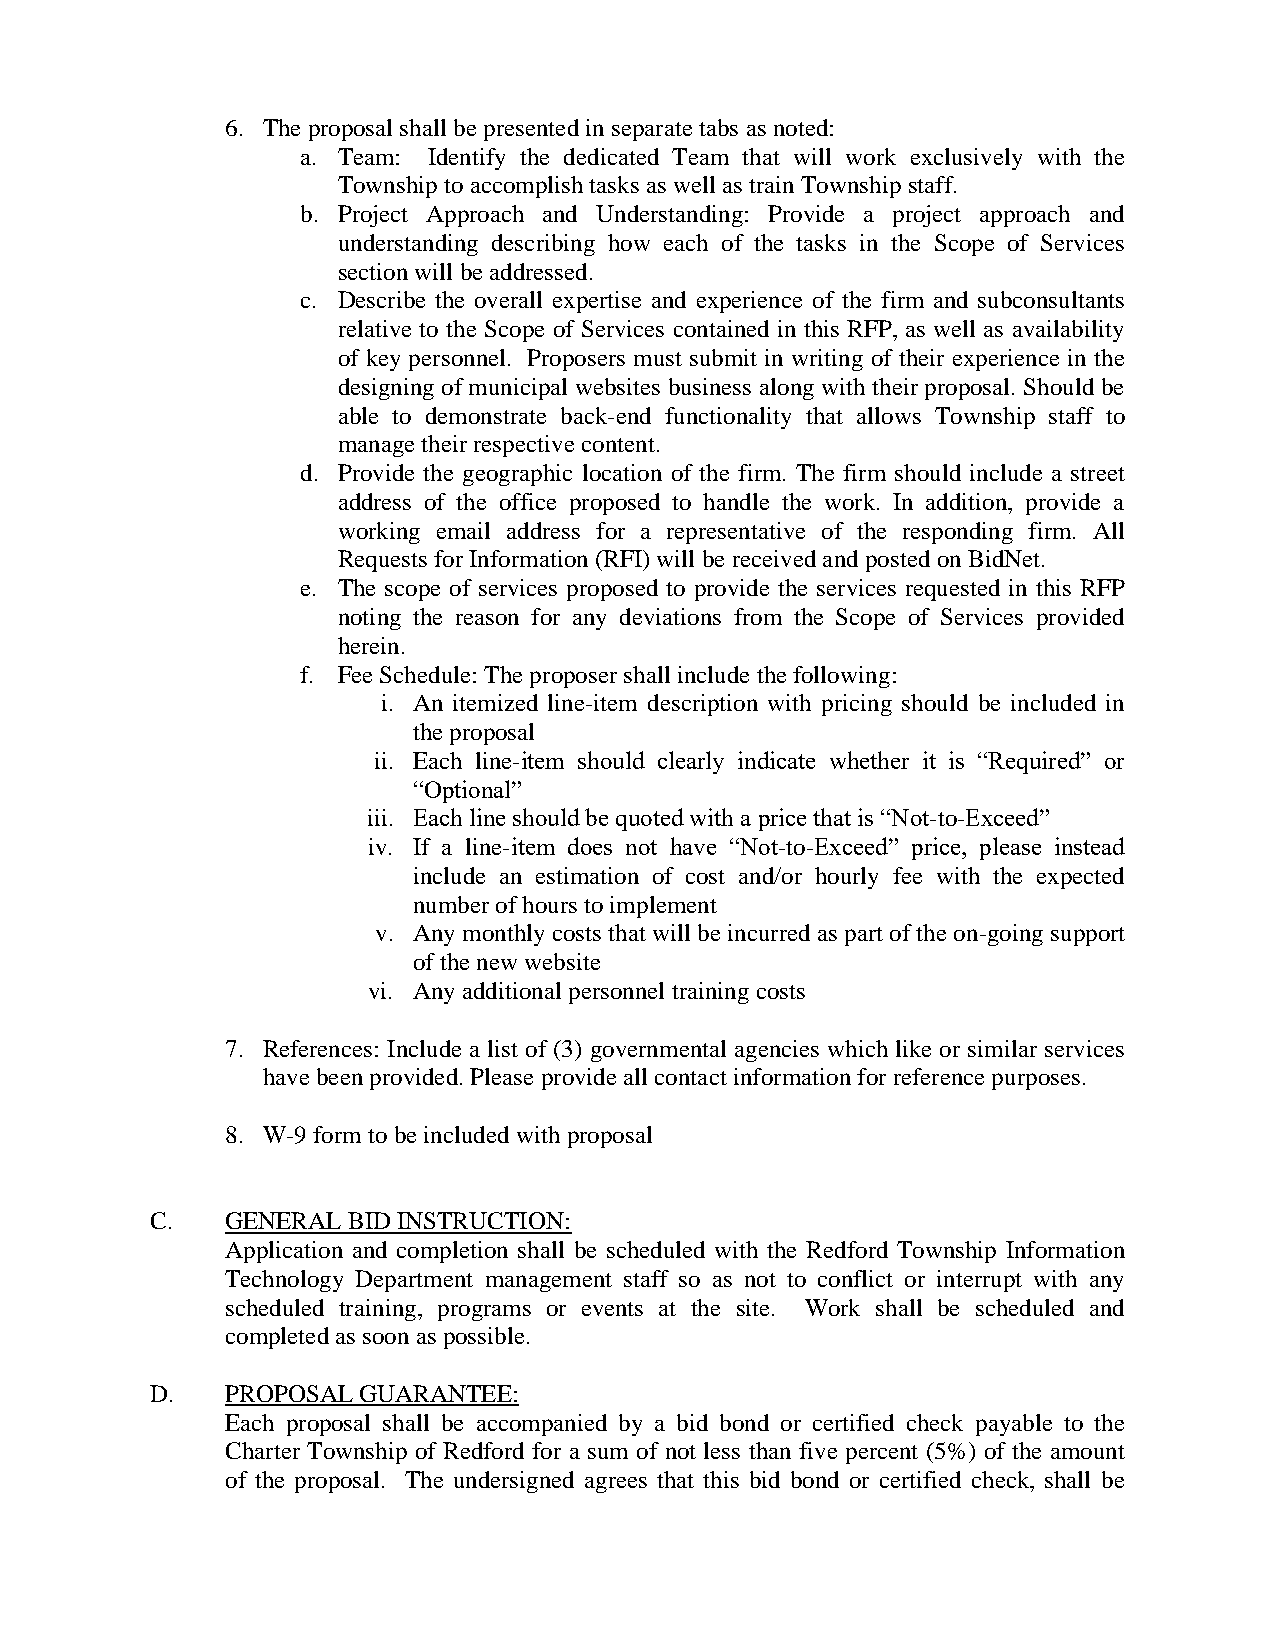
6. The proposal shall be presented in separate tabs as noted:
 a. Team: Identify the dedicated Team that will work exclusively with the
 Township to accomplish tasks as well as train Township staff.
 b. Project Approach and Understanding: Provide a project approach and
 understanding describing how each of the tasks in the Scope of Services
 section will be addressed.
 c. Describe the overall expertise and experience of the firm and subconsultants
 relative to the Scope of Services contained in this RFP, as well as availability
 of key personnel. Proposers must submit in writing of their experience in the
 designing of municipal websites business along with their proposal. Should be
 able to demonstrate back-end functionality that allows Township staff to
 manage their respective content.
 d. Provide the geographic location of the firm. The firm should include a street
 address of the office proposed to handle the work. In addition, provide a
 working email address for a representative of the responding firm. All
 Requests for Information (RFI) will be received and posted on BidNet.
 e. The scope of services proposed to provide the services requested in this RFP
 noting the reason for any deviations from the Scope of Services provided
 herein.
 f. Fee Schedule: The proposer shall include the following:
 i. An itemized line-item description with pricing should be included in
 the proposal
 ii. Each line-item should clearly indicate whether it is “Required” or
 “Optional”
 iii. Each line should be quoted with a price that is “Not-to-Exceed”
 iv. If a line-item does not have “Not-to-Exceed” price, please instead
 include an estimation of cost and/or hourly fee with the expected
 number of hours to implement
 v. Any monthly costs that will be incurred as part of the on-going support
 of the new website
 vi. Any additional personnel training costs
 7. References: Include a list of (3) governmental agencies which like or similar services
 have been provided. Please provide all contact information for reference purposes.
 8. W-9 form to be included with proposal
 C.   GENERAL BID INSTRUCTION:
 Application and completion shall be scheduled with the Redford Township Information
 Technology Department management staff so as not to conflict or interrupt with any
 scheduled training, programs or events at the site. Work shall be scheduled and
 completed as soon as possible.
 D.   PROPOSAL GUARANTEE:
 Each proposal shall be accompanied by a bid bond or certified check payable to the
 Charter Township of Redford for a sum of not less than five percent (5%) of the amount
 of the proposal. The undersigned agrees that this bid bond or certified check, shall be